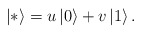
\begin{align*}\left| * \right> = u\left| 0 \right> + v\left| 1 \right>.\end{align*}